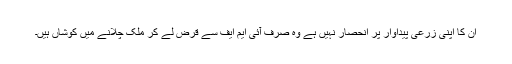
ان کا اپنی زرعی پیداوار پر انحصار نہیں ہے وہ صرف آئی ایم ایف سے قرض لے کر ملک چلانے میں کوشاں ہیں۔